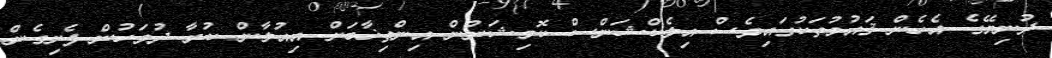
ދުނިޔޭގެ އެހެން ޤައުމުތަކުގައިވެސް އިލެކްޝަންސް ކޮމިޝަނުން އިންތިޚާބަށް އިއުލާން ކުރާ ދުވަހުން ފެށިގެން